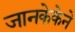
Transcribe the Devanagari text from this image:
जानकेकेने